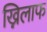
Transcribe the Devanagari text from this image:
ख्निलाफ